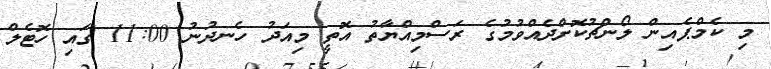
މި ކެމްޕެއިން ލޯންޗުކޮށްދެއްވުމުގެ ރަސްމިއްޔާތު އޮތީ މިއަދު ހެނދުނު 11:00 ގައި ހޮޓެލް